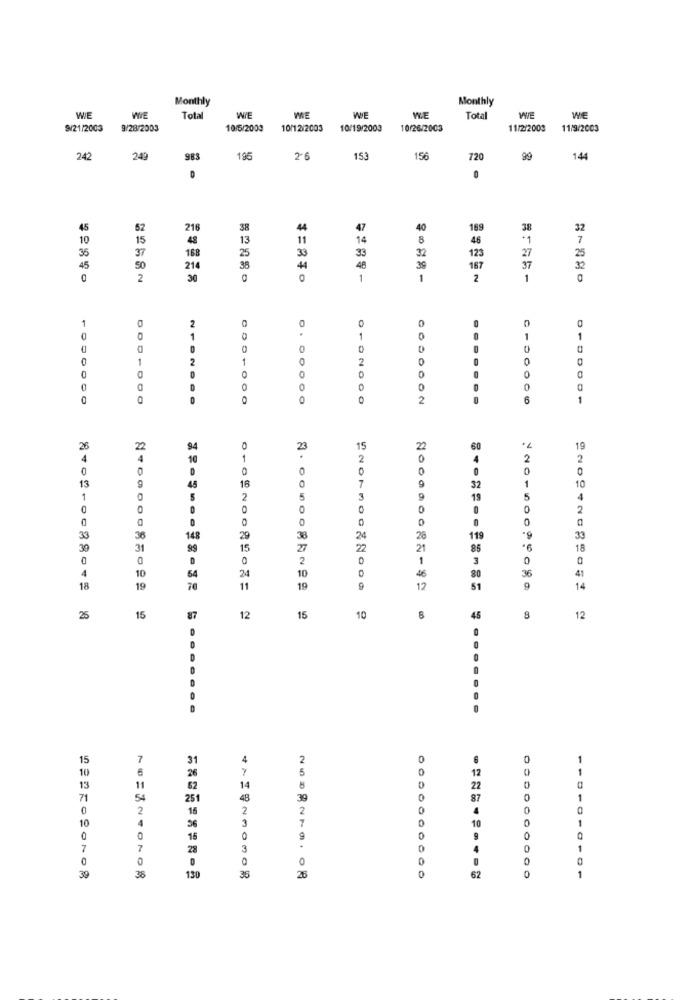
Monthly
Monthly
WE
WIE
Total
WIE
WIE
WIE
W.E
Total
WWE
WIE
9/21/2003
9/28/2003
10/5/2000
10/12/2003
10/19/2003
10/26/2003
11/2/2003
11/9/2003
242
249
983
195
2'6
153
156
720
99
144
0
45
52
218
38
44
47
40
169
38
32
10
15
13
11
14
8
46
7
35
37
33
32
123
27
25
25
33
45
50
21
35
44
48
39
167
37
32
2
30
0
1
1
2
1
1
0
0
0
1
1
0
1
1
DO
2
0
0
0
0
2
1
7.
26
23
15
22
60
19
4
4
10
1
2
4
2
2
0
0
D
0
0
0
0
13
1
10
48
18
7
32
1
0
2
3
9
19
5
4
0
0
.
0
0
0
2
0
0
0
0
0
0
33
3
14.8
29
38
24
28
119
33
30
31
15
27
22
21
6
18
0
0
D
0
2
1
3
0
4
10
54
24
80
36
4
10
46
18
10
70
11
10
9
12
51
14
25
15
87
12
15
10
45
8
12
15
7
31
10
6
26
5
1
82
13
14
71
54
251
48
39
0
1
0
2
16
2
10
3
56
0
15
9
7
7
28
3
D
0
39
38
130
35
62
0
01